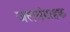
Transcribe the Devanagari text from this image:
जलसंग्राहक